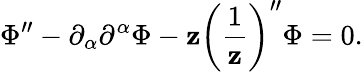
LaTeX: \Phi^{\prime\prime}-\partial_{\alpha}\partial^{\alpha}\Phi-\mathbf{z}\biggl(\frac{{1}}{{\mathbf{z}}}\biggr)^{\prime\prime}\Phi=0.